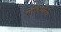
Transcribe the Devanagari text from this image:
सोलिदारिया